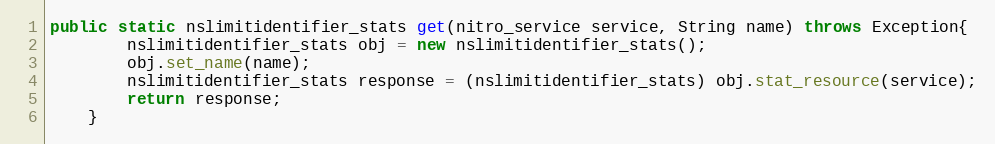
Language: Java
public static nslimitidentifier_stats get(nitro_service service, String name) throws Exception{
		nslimitidentifier_stats obj = new nslimitidentifier_stats();
		obj.set_name(name);
		nslimitidentifier_stats response = (nslimitidentifier_stats) obj.stat_resource(service);
		return response;
	}